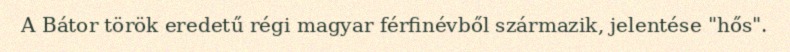
A Bátor török eredetű régi magyar férfinévből származik, jelentése "hős".